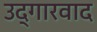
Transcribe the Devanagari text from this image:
उद्गारवाद